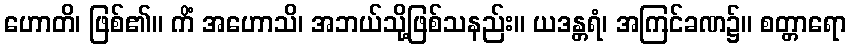
ဟောတိ၊ ဖြစ်၏။ ကိံ အဟောသိ၊ အဘယ်သို့ဖြစ်သနည်း။ ယဒန္တရံ၊ အကြင်ခဏ၌။ စတ္တာရော